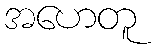
အဟေတူ